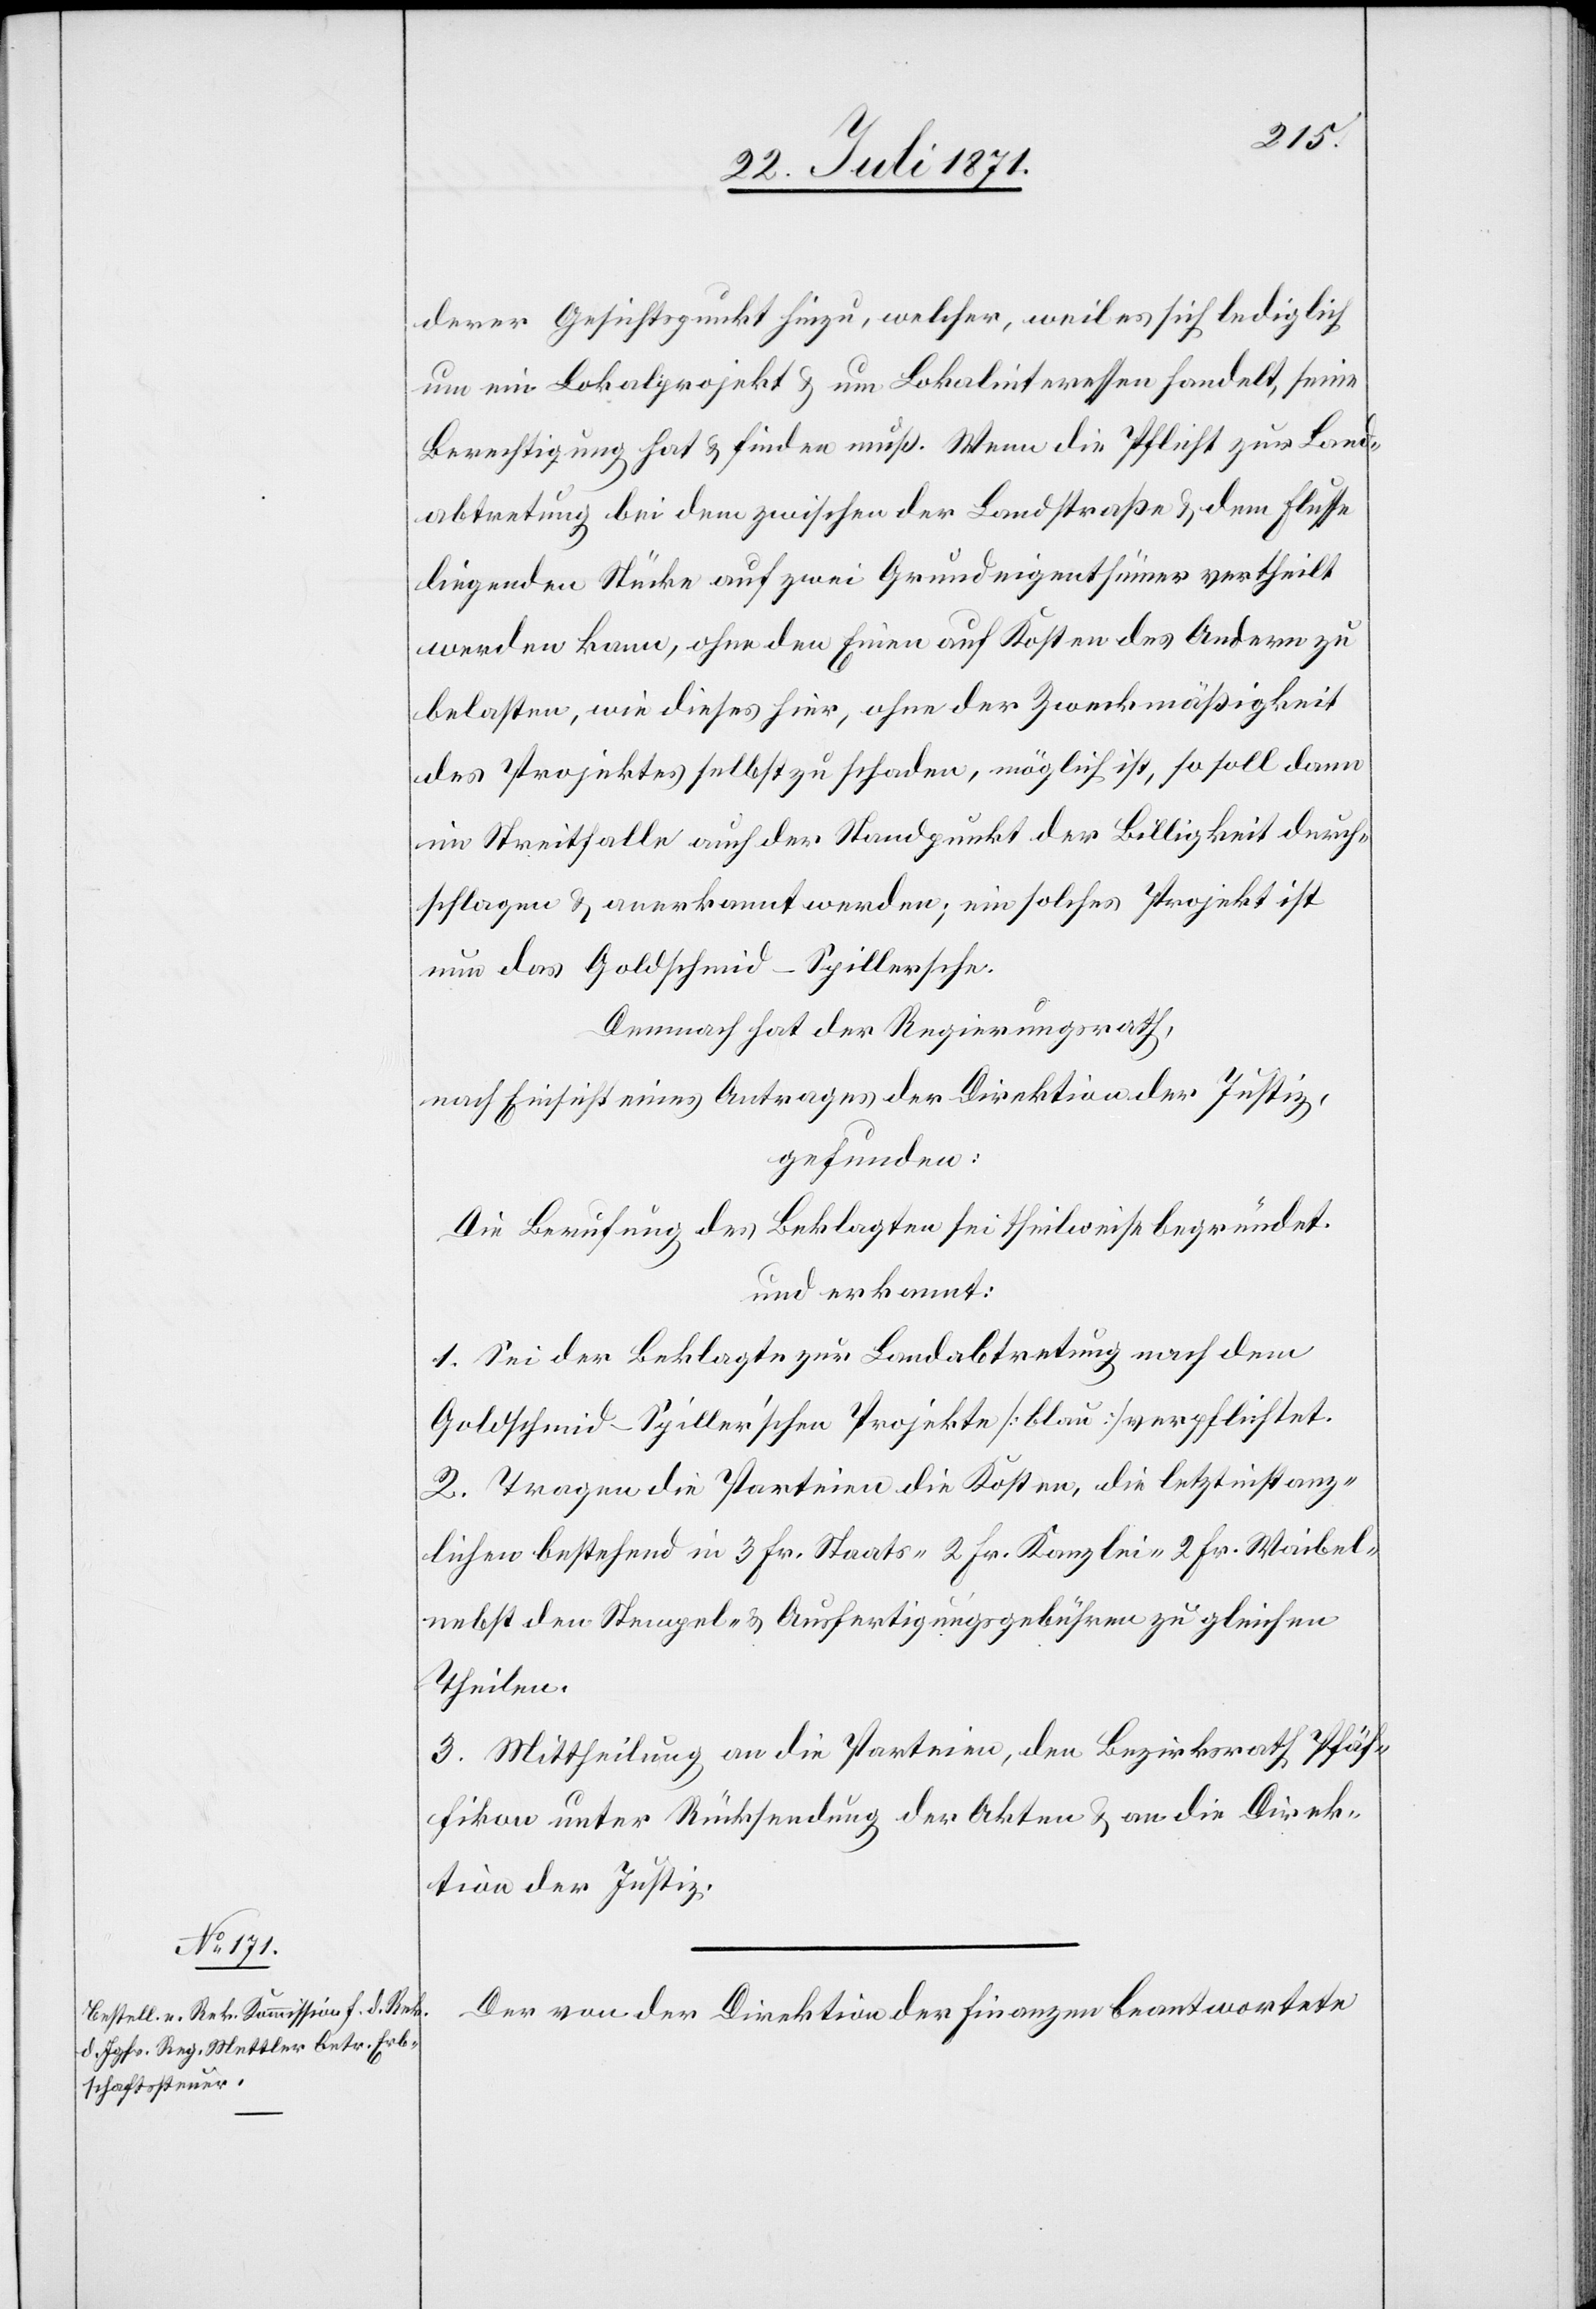
derer Gesichtspunkt hinzu, welcher, weil es sich lediglich
um eine Lokalprojekt u. um Lokalinteressen handelt, seine
Berechtigung hat u. finden muß. Wenn die Pflicht zur Land¬
abtretung bei dem zwischen der Landstraße u. dem Flusse
liegenden Stücke auf zwei Grundeigenthümer vertheilt
werden kann, ohne den Einen auf Kosten des Andern zu
belasten, wie dieses hier, ohne der Zweckmäßigkeit
des Projektes selbst zu schaden, möglich ist, so soll dann
im Streitfalle auch der Standpunkt der Billigkeit durch¬
schlagen u. anerkannt werden; ein solches Projekt ist
nun das Goldschmid-Spillersche.
Demnach hat der Regierungsrath,
nach Einsicht eines Antrages der Direktion des Justiz,
gefunden:
Die Berufung des Beklagten sei theilweise begründet
und erkannt:
1. Sei der Beklagte zur Landabtretung nach dem
Goldschmid-Spiller’schen Projekte [blau] verpflichtet.
2. Tragen die Parteien die Kosten, die letztinstanz¬
lichen bestehend in 3 Fr. Staats- 2 Fr. Kanzlei- 2 Fr. Waibel-
nebst den Stempel- u. Ausfertigungsgebühren zu gleichen
Theilen.
3. Mittheilung an die Parteien, den Bezirksrath Pfäf¬
fikon unter Rücksendung der Akten u. an die Direk¬
tion der Justiz.
Der von der Direktion der Finanzen beantwortete